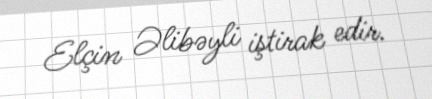
Elçin Əlibəyli iştirak edir.